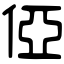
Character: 俹